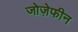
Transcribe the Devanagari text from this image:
जोज़ेफीन